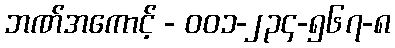
ဘဏ်အကောင့် - ၀၀၁-၂၃၄-၅၆၇-၈